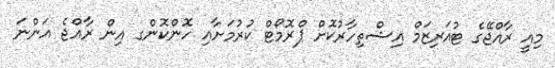
މިއީ ރާއްޖޭގެ ޓުއަރިޒަމް އިޝްތިހާރުކޮށް ޕްރޮމޯޓް ކުރުމަށާއި ހޮންކޮންގ އިން ރާއްޖެ އަންނަ